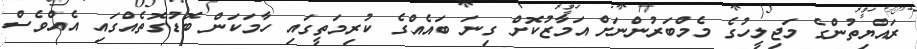
ރައްޔިތުންގެ މަޖިލީހުގެ މެމްބަރުންނަށް އަމާޒުކޮށް ގިނަ ބައެއްގެ ކުރިމަތީގައި ހާމަކަން ބޮޑުގޮތެއްގައި އެއްވެސް